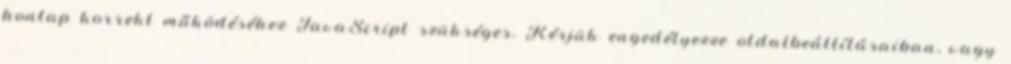
honlap korrekt működéséhez JavaScript szükséges. Kérjük engedélyezze oldalbeállításaiban, vagy